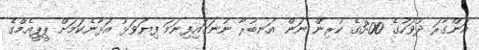
އަންގާރަ ދުވަހުގެ 3:00ގެ ކުރިން ނަން އަނބުރާ ނުނަގައިފިނަމަ ފިޔަވަޅު އަޅާނެކަމަށް ޕީޕީއެމްގެ